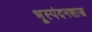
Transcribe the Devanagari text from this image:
भूस्पंदनशास्त्र